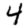
Digit: 4